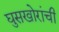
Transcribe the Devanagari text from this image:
घुसखोरांची